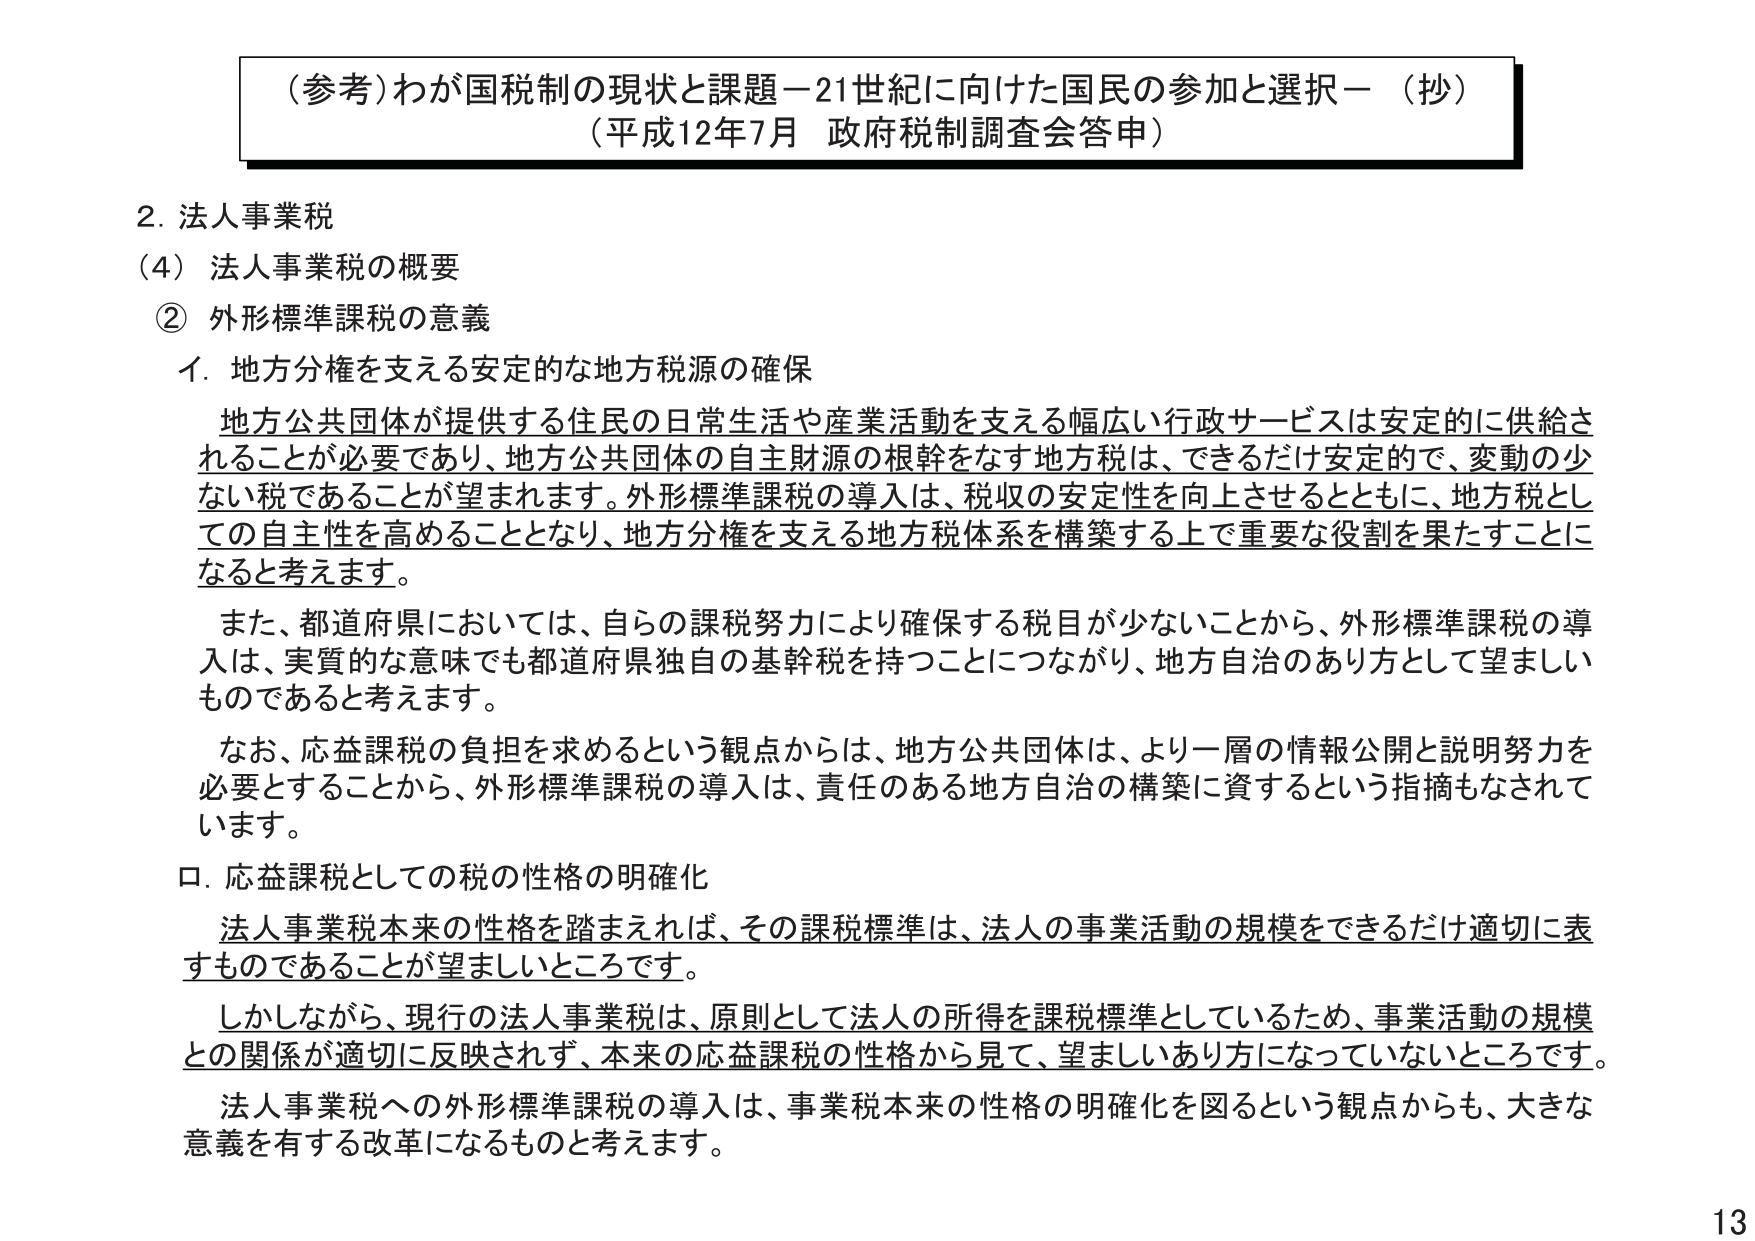
（参考）わが国税制の現状と課題－21世紀に向けた国民の参加と選択－（抄）
（平成12年7月 政府税制調査会答申）

2. 法人事業税
（4）法人事業税の概要
② 外形標準課税の意義

イ．地方分権を支える安定的な地方税源の確保

地方公共団体が提供する住民の日常生活や産業活動を支える幅広い行政サービスは安定的に供給されることが必要であり、地方公共団体の自主財源の根幹をなす地方税は、できるだけ安定的で、変動の少ない税であることが望まれます。外形標準課税の導入は、税収の安定性を向上させるとともに、地方税としての自主性を高めることとなり、地方分権を支える地方税体系を構築する上で重要な役割を果たすことになると考えます。

また、都道府県においては、自らの課税努力により確保する税目が少ないことから、外形標準課税の導入は、実質的な意味でも都道府県独自の基幹税を持つことにつながり、地方自治のあり方として望ましいものであると考えます。

なお、応益課税の負担を求めるという観点からは、地方公共団体は、より一層の情報公開と説明努力を必要とすることから、外形標準課税の導入は、責任のある地方自治の構築に資するという指摘もなされています。

ロ．応益課税としての税の性格の明確化

法人事業税本来の性格を踏まえれば、その課税標準は、法人の事業活動の規模をできるだけ適切に表すものであることが望ましいところです。

しかしながら、現行の法人事業税は、原則として法人の所得を課税標準としているため、事業活動の規模との関係が適切に反映されず、本来の応益課税の性格から見て、望ましいあり方になっていないところです。

法人事業税への外形標準課税の導入は、事業税本来の性格の明確化を図るという観点からも、大きな意義を有する改革になるものと考えます。

13